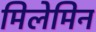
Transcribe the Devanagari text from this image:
मिलेमिन